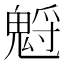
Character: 𩳡